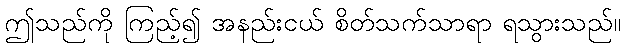
ဤသည်ကို ကြည့်၍ အနည်းငယ် စိတ်သက်သာရာ ရသွားသည်။